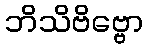
ဘိသိဗိဗ္ဗော